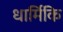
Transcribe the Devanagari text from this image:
धार्मिकि